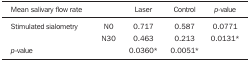
<table><thead><tr><td><b>Mean salivary flow rate</b></td><td><b> </b></td><td><b>Laser</b></td><td><b>Control</b></td><td><b><i>p</i>-value</b></td></tr></thead><tbody><tr><td rowspan="2">Stimulated sialometry</td><td>N0</td><td>0.717</td><td>0.587</td><td>0.0771</td></tr><tr><td>N30</td><td>0.463</td><td>0.213</td><td>0.0131*</td></tr><tr><td><i>p</i>-value</td><td> </td><td>0.0360*</td><td>0.0051*</td><td> </td></tr></tbody></table>